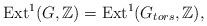
LaTeX: \begin{align*}\mathrm{Ext}^1(G, \mathbb{Z}) = \mathrm{Ext}^1(G_{tors}, \mathbb{Z}),\end{align*}